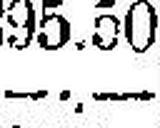
—.—